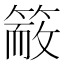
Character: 𥱙